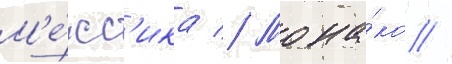
М'е́кс'ика // Мона́ко //